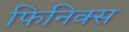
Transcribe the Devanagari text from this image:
फिनिक्‍स